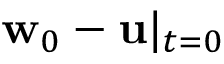
\mathbf { w } _ { 0 } - \mathbf { u } | _ { t = 0 }